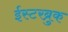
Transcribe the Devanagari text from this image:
ईस्टरब्रुक